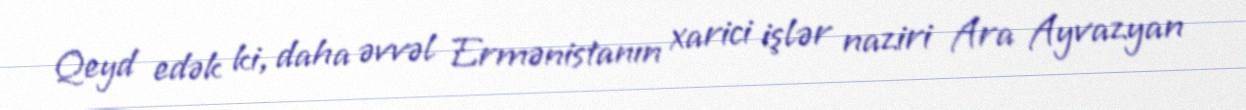
Qeyd edək ki, daha əvvəl Ermənistanın xarici işlər naziri Ara Ayvazyan